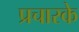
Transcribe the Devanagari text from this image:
प्रचारके